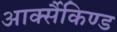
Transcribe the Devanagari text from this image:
आर्क्सैकिण्ड